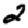
Digit: 2